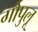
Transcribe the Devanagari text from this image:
गोपुलू